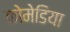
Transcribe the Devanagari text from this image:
कोमेडिया